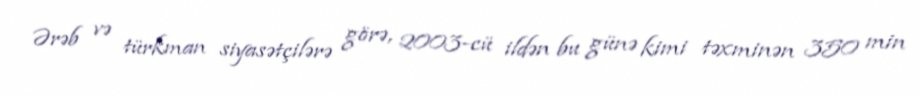
Ərəb və türkman siyasətçilərə görə, 2003-cü ildən bu günə kimi təxminən 350 min